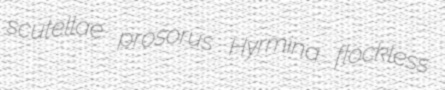
scutellae prosorus Hyrmina flockless